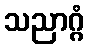
သညာဂ္ဂံ